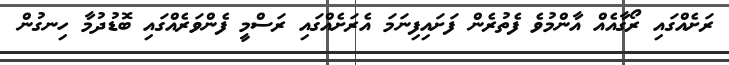
ރަށެއްގައި ރޯގާއެއް އާންމުވެ ފެތުރެން ފަށައިފިނަމަ އެރަށެއްގައި ރަސްމީ ފެންވަރެއްގައި ބޮޑުދުމާ ހިނގުން